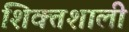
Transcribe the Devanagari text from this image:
शिक्तशाली